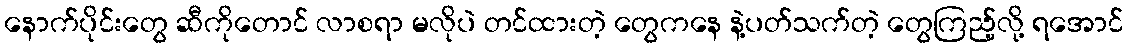
နောက်ပိုင်းတွေ ဆီကိုတောင် လာစရာ မလိုပဲ တင်ထားတဲ့ တွေကနေ နဲ့ပတ်သက်တဲ့ တွေကြည့်လို့ ရအောင်